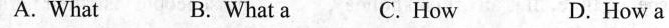
A. What B. What a C. How D.How a